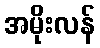
အမိုးလန်